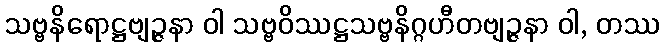
သဗ္ဗနိရောဋ္ဌဗျဉ္ဇနာ ဝါ သဗ္ဗဝိဿဋ္ဌသဗ္ဗနိဂ္ဂဟီတဗျဉ္ဇနာ ဝါ, တဿ